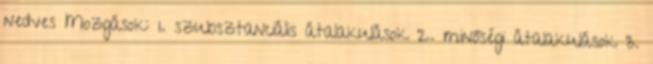
nedves Mozgások: 1. szubsztanciális átalakulások 2. minőségi átalakulások 3.